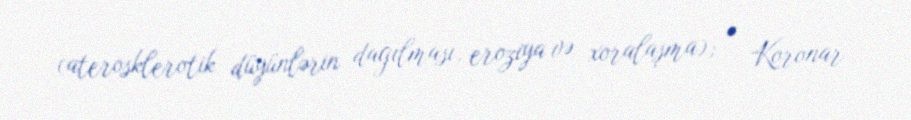
(aterosklerotik düyünlərin dağılması, eroziya və xoralaşma); • Koronar